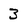
Character: 3